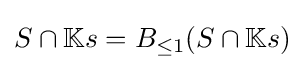
S\cap \mathbb {K} s=B_{\leq 1}(S\cap \mathbb {K} s)